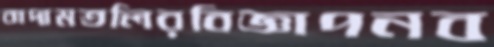
বাদামতলিরবিজ্ঞাপনব